Annual report of the Bengal Veterinary College and of the Civil Veterinary Department, Bengal, for the year 1916-17 - 1916-1917
Year: 1916
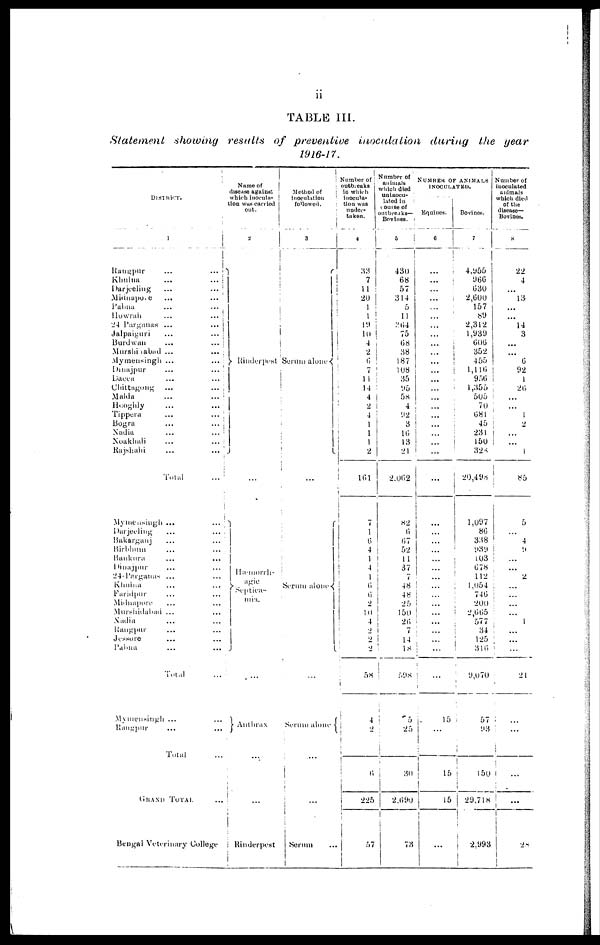
ii
TABLE
III.
Statement
showing
results
of
preventive
inoculation
during
the
year
1916-17.
DISTRICT.
1
Rangpur
...
...
Kbulna
...
...
Darjeeling
...
...
Midnapore ... ...
Pabna
...
...
Howrah
...
...
24 Parganas ...
...
Jalpaiguri
...
...
Burdwan
...
...
Murshidabad ...
...
Mymensingh ...
...
Dinajpur
...
...
Dacca
...
...
Chittagong
...
...
Malda
...
...
Hooghly
...
...
Tippera ... ...
Bogra
...
...
Nadia
...
...
Noakhali
...
...
Rajshahi
...
...
Total
...
Mymensingh ...
...
Darjeeling
...
...
Bakarganj
...
...
Birbhmn ... ...
Bankura ... ...
Dinajpur ... ...
24-Parganas ... ...
Khulna ... ...
Faridpur ... ...
Midnapore ... ...
Murshidabad ... ...
Nadia ... ...
Rangpur ... ...
Jessore ... ...
Pabna ... ...
Total
...
Mymensingh ... ...
Rangpur ... ...
Total ...
GRAND TOTAL
...
Bengal Veterinary College
Name of
disease against
which inocula-
tion was carried
out.
2
Rinderpest
Hæmorrh-
agie
Septica-
mia.
...
Anthrax
...
...
Rinderpest
Method of
inoculation
followed.
3
Serum alone
Serum alone
...
Serum alone
...
Serum ...
Number of
outbreaks
in which
inocula-
tion was
under-
taken.
4
33
7
11
20
1
1
19
10
4
2
6
7
11
14
4
2
4
1
1
1
2
161
7
1
6
4
1
4
1
6
6
2
10
4
2
2
2
58
4
2
6
225
57
Number of
animals
which died
uninocu-
lated in
course of
outbreaks—
Bovines.
5
430
68
57
314
5
11
264
75
68
38
187
108
35
95
58
4
92
3
16
13
21
2.062
82
6
67
52
11
37
7
48
48
25
150
26
7
14
18
598
5
25
30
2,690
73
NUMBER OF ANIMALS
INOCULATED.
Equines.
6
...
...
...
...
...
...
...
...
...
...
...
...
...
...
...
...
...
...
...
...
...
...
...
...
...
...
...
...
...
...
...
...
...
...
...
...
...
...
15 ...
15
15
...
Bovines.
7
4,955
966
630
2,600
157
89
2,312
1,939
606
352
4 55
1,116
956
1,355
505
70
681
45
231
150
328
20,498
1,097
86
338
939
103
678
112
1,054
746
200
2,665
577
34
125
316
9,070
57
93
150
29,718
2,993
Number of
inoculated
animals
which died
of the
disease—
Bovines.
8
22
4
...
13
...
...
14
3
...
...
6
92
1
26
...
...
1
2
...
...
1
85
5
...
4
9
...
...
2
...
...
...
...
1
...
...
...
21
...
...
...
...
28